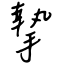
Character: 摯